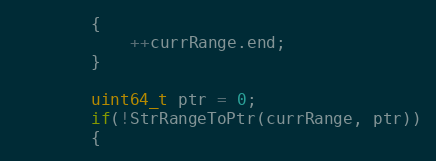
Language: C++
        {
            ++currRange.end;
        }

        uint64_t ptr = 0;
        if(!StrRangeToPtr(currRange, ptr))
        {